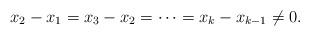
LaTeX: \begin{align*}x_2-x_1=x_3-x_2=\cdots=x_k-x_{k-1}\neq0.\end{align*}